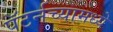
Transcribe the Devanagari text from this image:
पॅटर्नच्यामध्ये